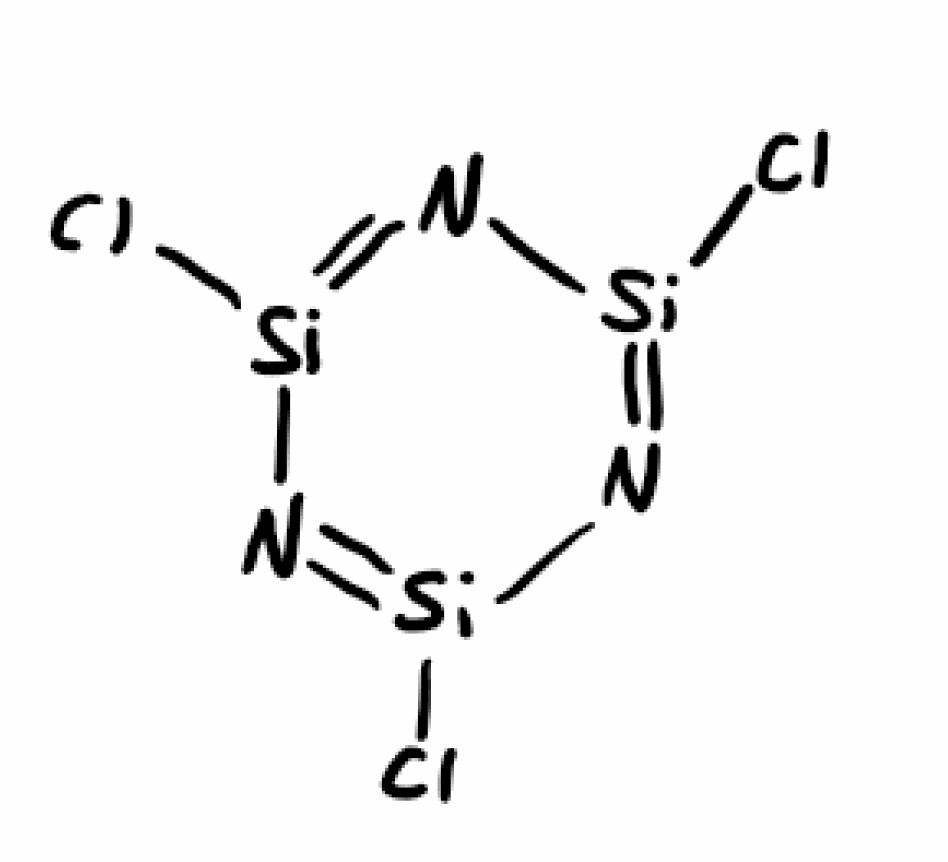
Simplified molecular-input line-entry system (SMILES) notation of the given molecule:
N1=[Si](N=[Si](N=[Si]1Cl)Cl)Cl